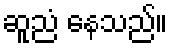
ဆူညံ နေသည်။